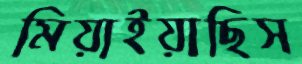
মিয়াইয়াছিস